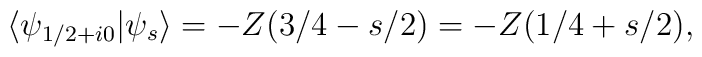
\langle\psi_{1/2+i0}\vert\psi_s\rangle=-Z(3/4-s/2)=-Z(1/4+s/2),